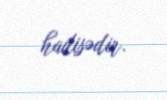
hadisədir.